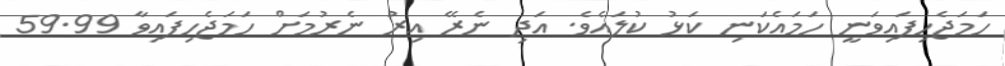
ހަމަޖެހިފައިވަނީ ހަމައެކަނި ކަޅު ކުލައެވެ. އަދި ނެރޭ އިރު ނެރުމަށް ހަމަޖެހިފައިވާ 59.99